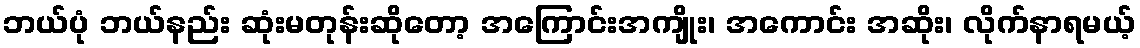
ဘယ်ပုံ ဘယ်နည်း ဆုံးမတုန်းဆိုတော့ အကြောင်းအကျိုး၊ အကောင်း အဆိုး၊ လိုက်နာရမယ့်